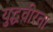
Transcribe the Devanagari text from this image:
युद्धवीरता